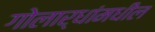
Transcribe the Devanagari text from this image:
गोलार्धांमधील